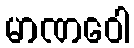
မာဏဝေါ